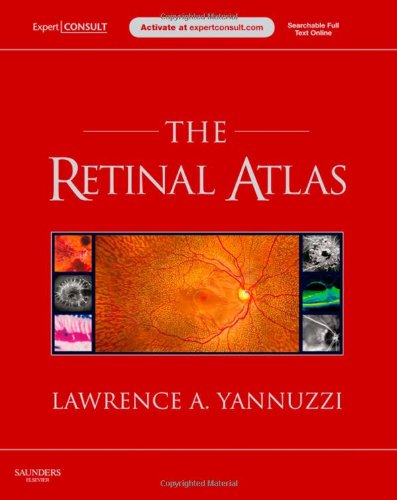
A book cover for The Retinal Atlas: Expert Consult - Online and Print, 1e; Lawrence A. Yannuzzi MD; Medical Books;